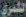
الشمري